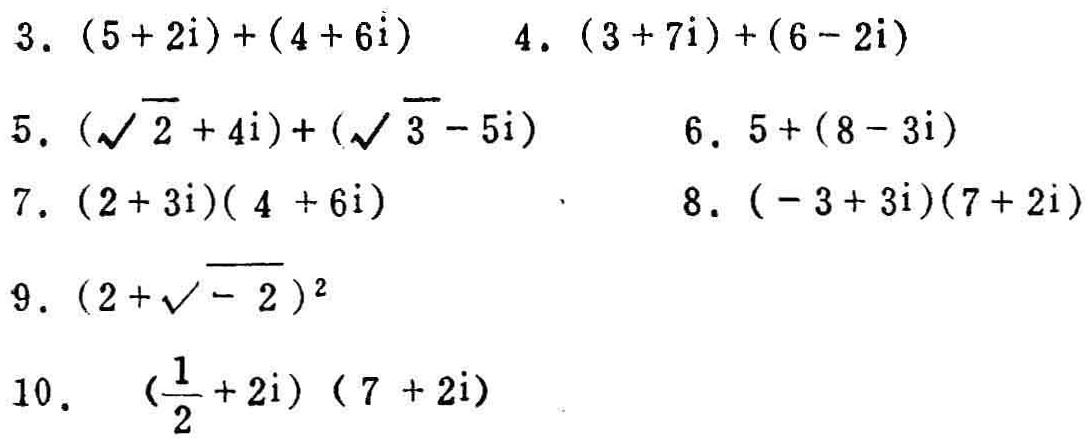
3. \((5 + 2i)+(4 + 6i)\)
4. \((3 + 7i)+(6 - 2i)\)
5. \((\sqrt{2}+ 4i)+(\sqrt{3}- 5i)\)
6. \(5+(8 - 3i)\)
7. \((2 + 3i)(4 + 6i)\)
8. \((-3 + 3i)(7 + 2i)\)
9. \((2+\sqrt{-2})^2\)
10. \((\frac{1}{2}+ 2i)(7 + 2i)\)